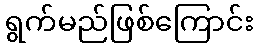
ရွက်မည်ဖြစ်ကြောင်း